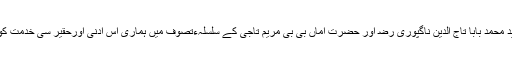
اور حضرت سید محمد بابا تاج الدین ناگپوری ﺭﺿ اور حضرت اماں بی بی مریم تاجی کے سلسلہءتصوف میں ہماری اس ادنیٰ اورحقیر سی خدمت کو قبول فرمائے۔